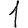
Digit: 1